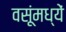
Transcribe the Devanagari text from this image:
वसूंमध्यें